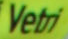
Vetri